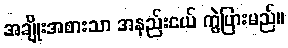
အချိုးအစားသာ အနည်းငယ် ကွဲပြားမည်။